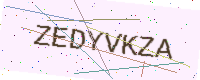
Text: ZEDYVKZA